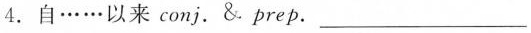
4. 自 … … 以来 conj. & prep. ___